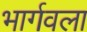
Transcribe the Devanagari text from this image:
भार्गवला